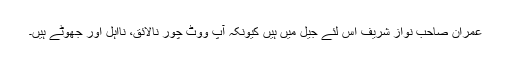
عمران صاحب نواز شریف اِس لئے جیل میں ہیں کیونکہ آپ ووٹ چور نالائق، نااہل اور جھوٹے ہیں۔